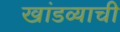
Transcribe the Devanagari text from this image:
खांडव्याची